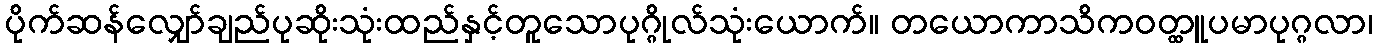
ပိုက်ဆန်လျှော်ချည်ပုဆိုးသုံးထည်နှင့်တူသောပုဂ္ဂိုလ်သုံးယောက်။ တယောကာသိကဝတ္ထူပမာပုဂ္ဂလာ၊